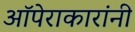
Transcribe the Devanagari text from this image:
ऑपेराकारांनी